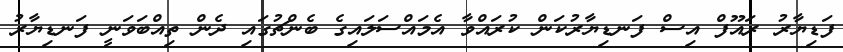
ފަޑިޔާރު ރައޫފް އިސް ފަނޑިޔާރުކަން ކުރައްވާ އެމައްސަލައިގެ ބެންޗުގައި ދެން ތިއްބަވަނީ ފަނޑިޔާރު